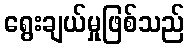
ရွေးချယ်မှုဖြစ်သည်